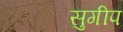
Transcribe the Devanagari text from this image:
सुगीप